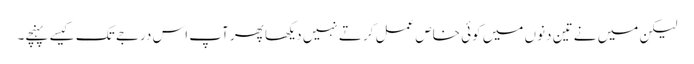
لیکن میں نے تین دنوں میں کوئی خاص عمل کرتے نہیں دیکھا پھر آپ اس درجے تک کیسے پہنچے۔